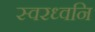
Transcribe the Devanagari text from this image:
स्वरध्वनि